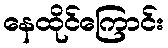
နေထိုင်ကြောင်း